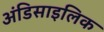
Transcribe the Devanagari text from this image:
अंडिसाइलिक